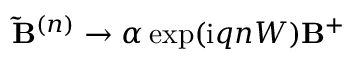
\mathbf { \tilde { B } } ^ { ( n ) } \to \alpha \exp ( \mathrm { i } q n W ) \mathbf { B } ^ { + }